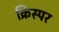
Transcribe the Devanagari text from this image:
क्रिस्पर